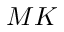
M K